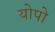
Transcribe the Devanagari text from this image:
योपो